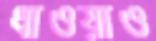
ধাওয়াও